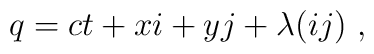
q = ct + xi + yj + \lambda (ij) ~,